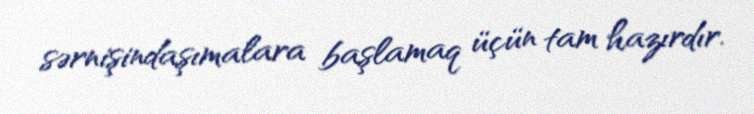
sərnişindaşımalara başlamaq üçün tam hazırdır.